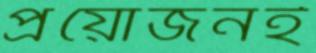
প্রয়োজনই